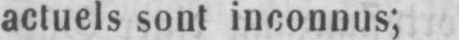
actuels sont inconnus;